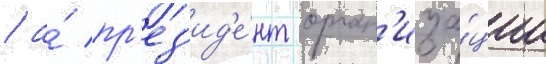
/ а́ пр'ез'ид'е́нт орган'иза́ции